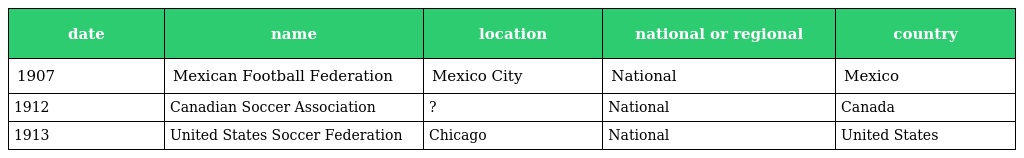
| date | name | location | national or regional | country |
 | --- | --- | --- | --- | --- |
 | 1907 | Mexican Football Federation | Mexico City | National | Mexico |
 | 1912 | Canadian Soccer Association | ? | National | Canada |
 | 1913 | United States Soccer Federation | Chicago | National | United States |